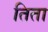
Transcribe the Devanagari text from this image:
तिता